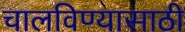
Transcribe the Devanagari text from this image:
चालविण्‍यासाठी